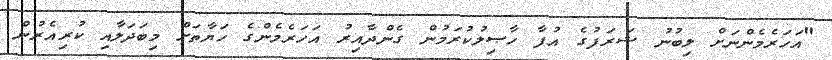
"އަހަރެމެންނަށް ލިބުނު ޝަރަފުގެ އުފާ ހާޞިލުކުރަމުން ގެންދާއިރު އަހަރެމެންގެ ހަޔާތަށް މިބަދަލާއި ކުރިއެރުން